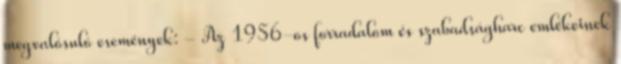
megvalósuló események: - Az 1956-os forradalom és szabadságharc emlékeinek